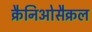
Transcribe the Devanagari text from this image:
क्रैनिओसैक्रल